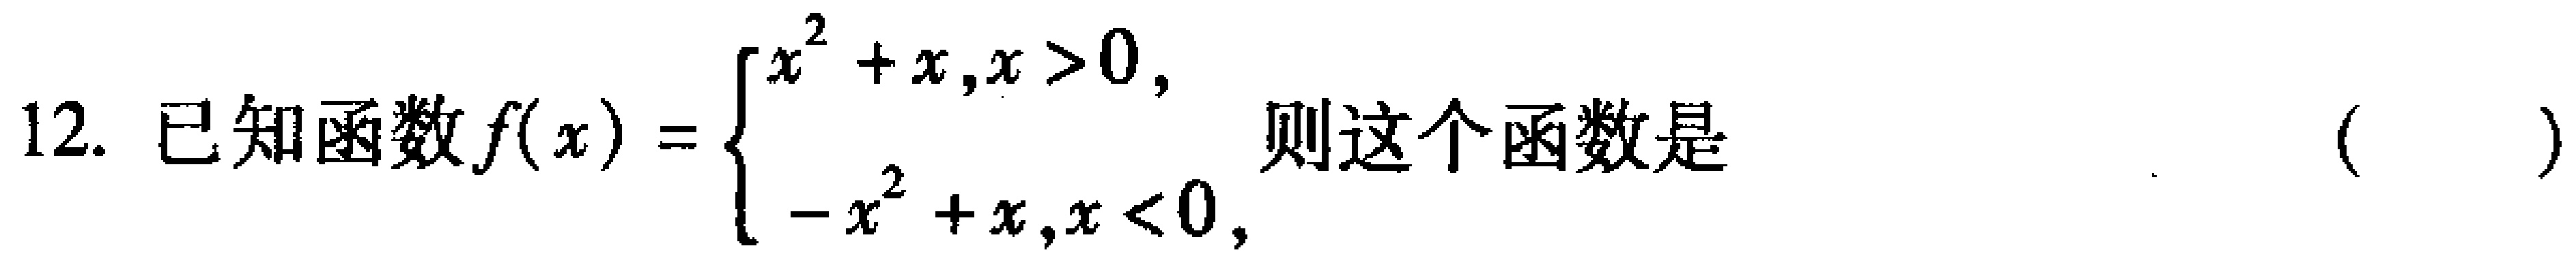
12. 已知函数\(f(x)=\begin{cases}x^{2}+x,x > 0,\\ -x^{2}+x,x < 0,\end{cases}\)则这个函数是 （  ）